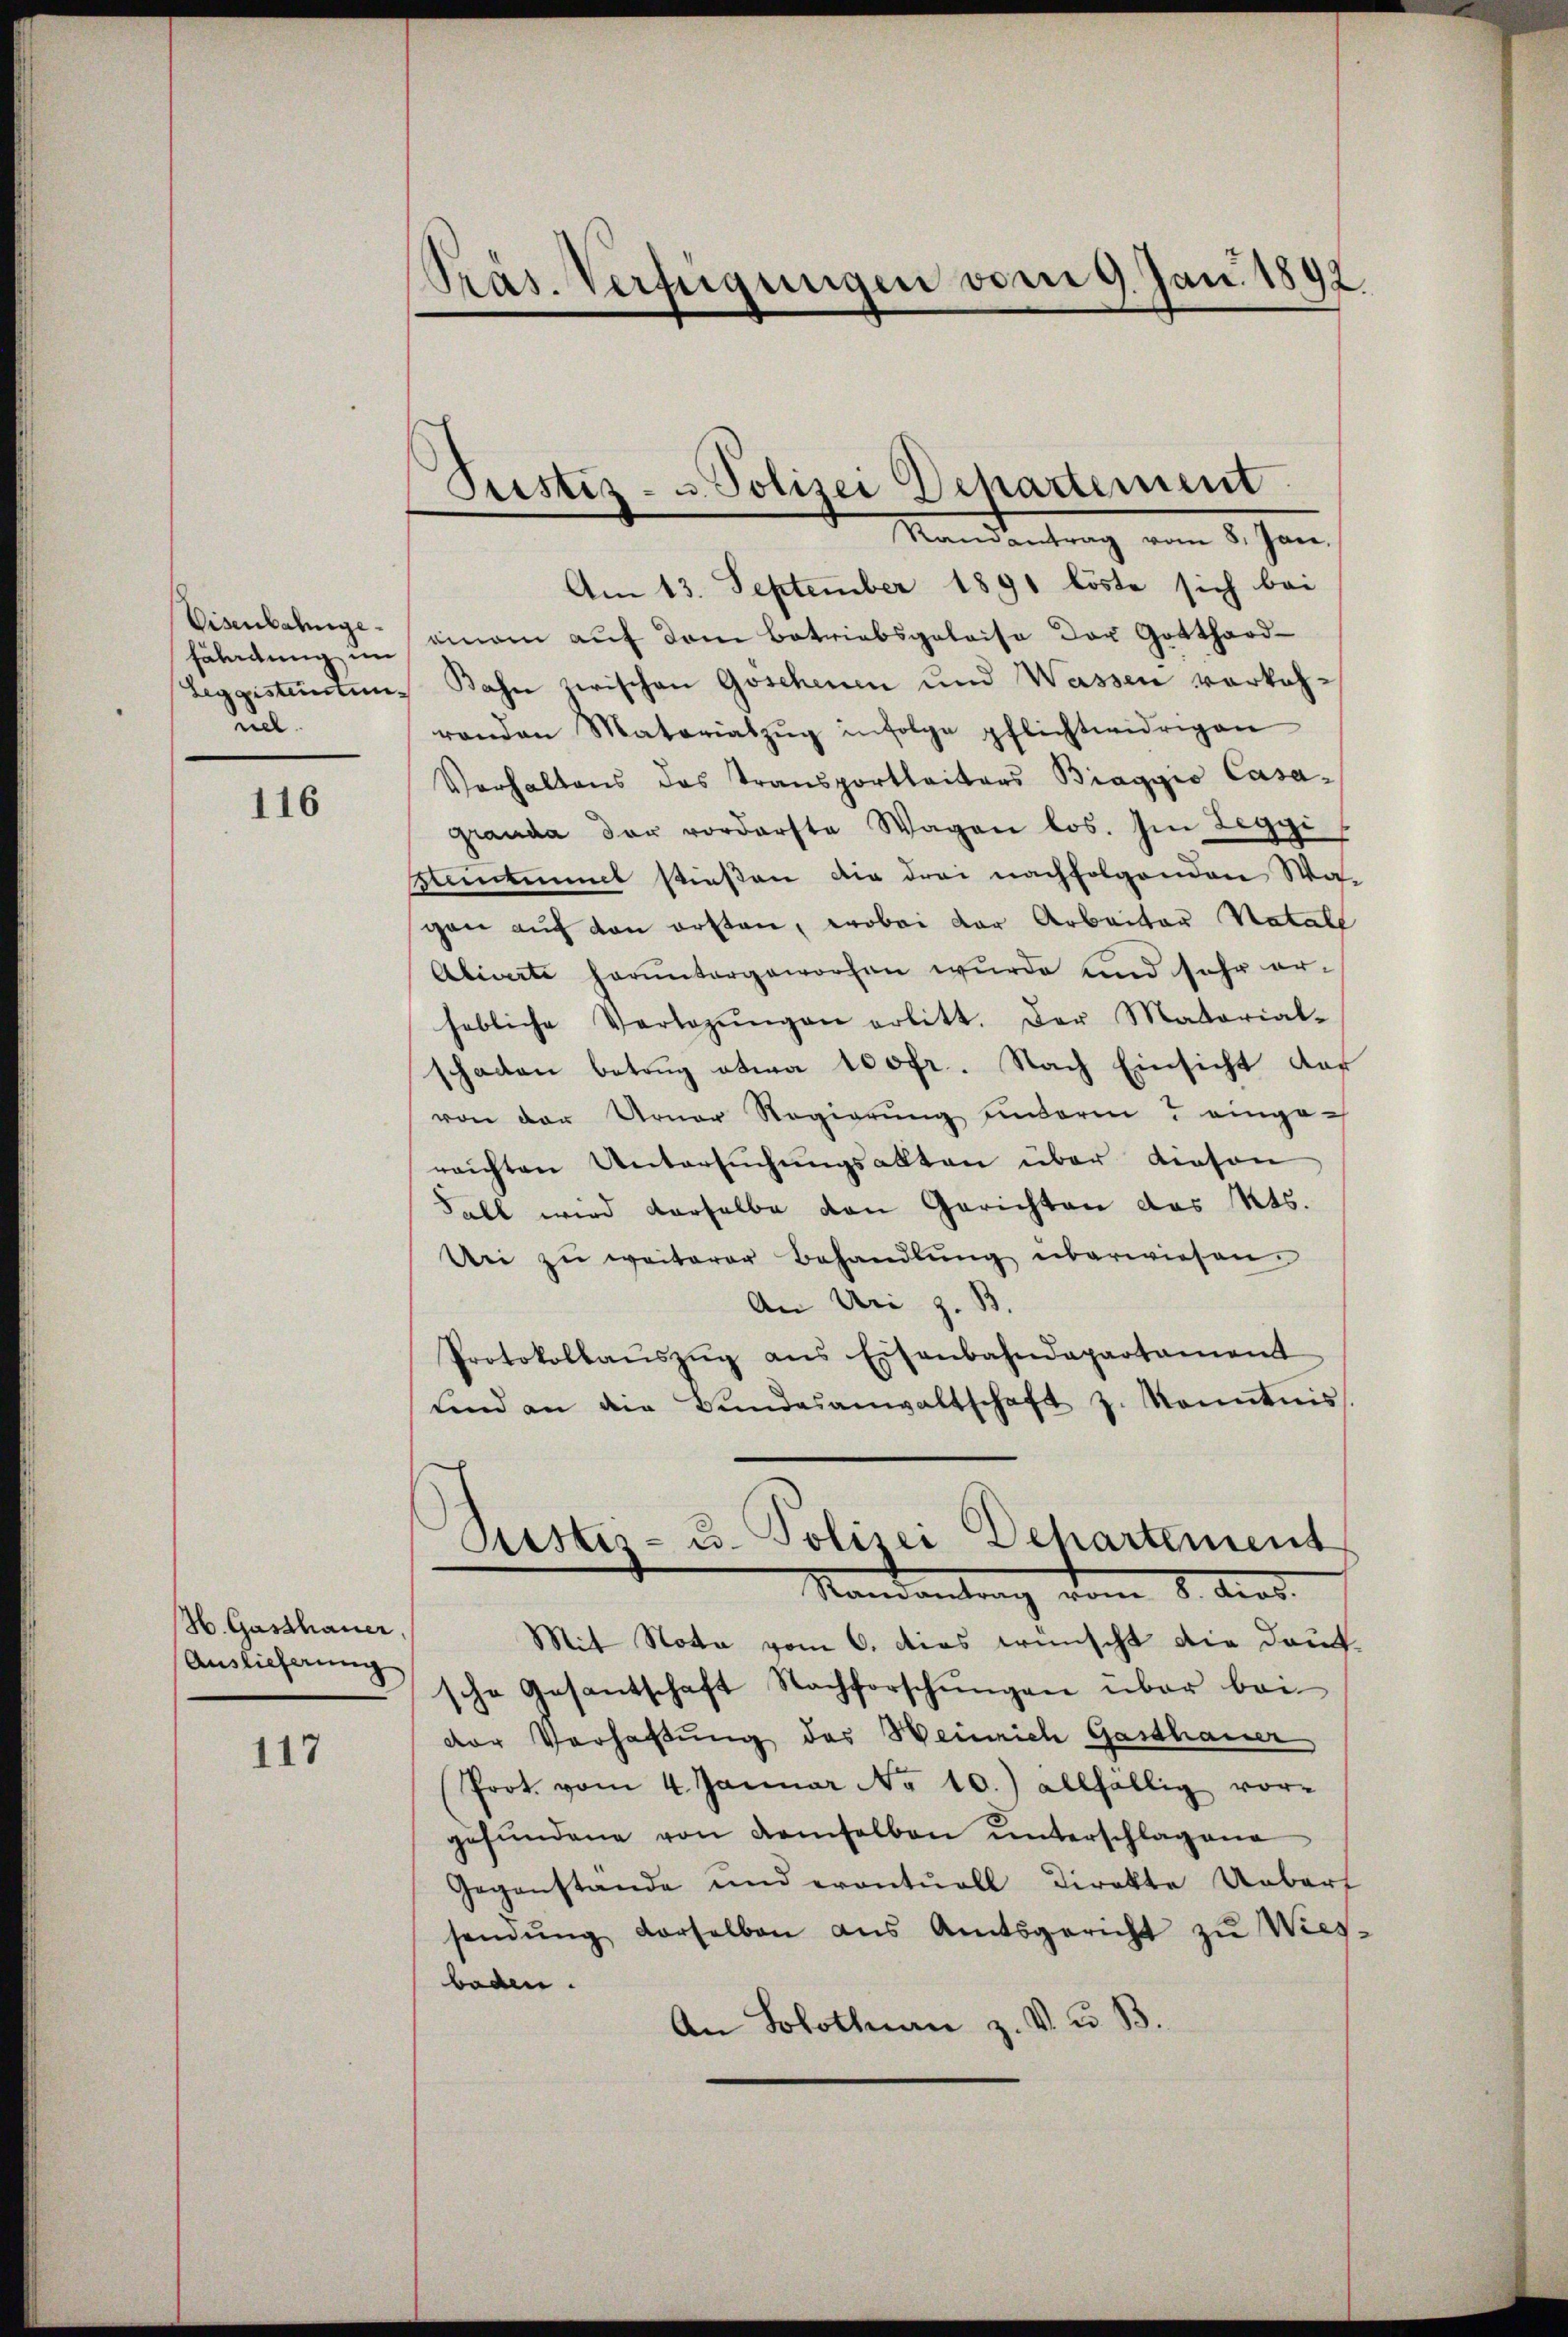
Visenbahnge¬
Fäladung im
nel

116

H. Gasthauer,
Auslieferung

117

Präs. Verfügungen vom 9. Jan. 1892.

Pristiz- u Polizei Departement

Mandentrag vom 1. Jen
Am 13. September 1891 köste sich bei
einem auf dem Betriebsgeleise der Gotthard-
Leggistenstung Bahn zwischen Goschenen und Wassen vorkehranden Materiabzŭg infolge pflichtwidrigen
Verhaltens das Transportleiters Biaggio Casagranda der vorderfte Wagen los. Im Zeggi
Hiintimet stießen die drei nachfolgenden Wagen auf den ersten, wobei der Arbeiter Natale
Abiverte heruntergeworfen wurde und sehr erhebliche Verlegŭngen erlitt. Der Matarial-
schaden betrug etwa 100fr. Nach Einsicht das
von der Urner Regierŭng unterm 7 eingereichten Untersŭchŭngsakten über diesen
Fall wird derselbe den Gerichten des Kts.
Un zŭ weiterer Behandlŭng überwiesen.
An Uri z. B.
Protokollaŭszŭg ans Eisenbahndepartament
uend an die Bŭndesanwaltschaft z. Konntnis
Pustes- u. Polizei Dehartement
Mandantrag vom 8. Aug.
Mit Nota vom 6. dies wünscht die Daufsche Gesantschaft Nachforschŭngen über bei-
der Verhaltung des Heinrich Gasthauer
Prot. vom 4. Januar No 10.) allfällig vor-
gefŭndene von demselben ŭnterschlagene
Gegenstande und erontŭoll direkte Ueberf
senŭng derselben aus Amtsgericht zŭ Wies-
baden.
An Solothurn z. V. u. B.